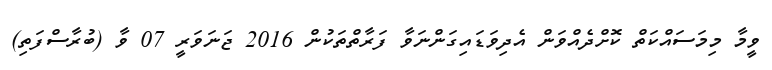
ވީމާ މިމަސައްކަތް ކޮށްދެއްވަން އެދިވަޑައިގަންނަވާ ފަރާތްތަކުން 2016 ޖަނަވަރީ 07 ވާ (ބުރާސްފަތި)